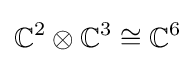
\mathbb {C} ^{2}\otimes \mathbb {C} ^{3}\cong \mathbb {C} ^{6}